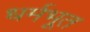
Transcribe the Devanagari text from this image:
धर्मभूत